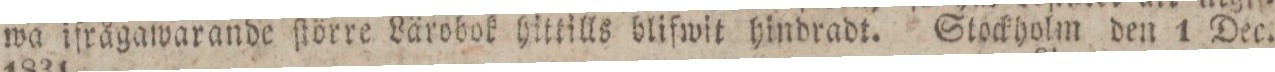
wa ifrågawarande ſtörre Lärobok hittills blifwit hindradt. Stockholm den 1 Dec.